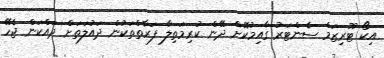
އިކޯ ޓޫރިޒަމް ސެންޓަރު ގާއިމުކޮށް ދޭން ކުރިމަތިލާ ފަރާތްތަކުން ދައުލަތަށް ދައްކަން ޖެހޭ